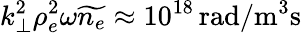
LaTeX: k_{\perp}^{2}\rho_{e}^{2}\omega\widetilde{n_{e}}\approx 10^{18}\, \mathrm{rad/m^{3}s}